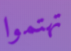
تهتموا